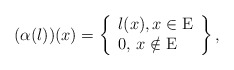
\begin{align*}(\alpha (l))(x)=\left\{\begin{array}{l}l(x),x \in {\rm E}\\0,\, x \notin {\rm E}\end{array}\right\} ,\end{align*}